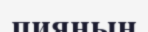
пияның